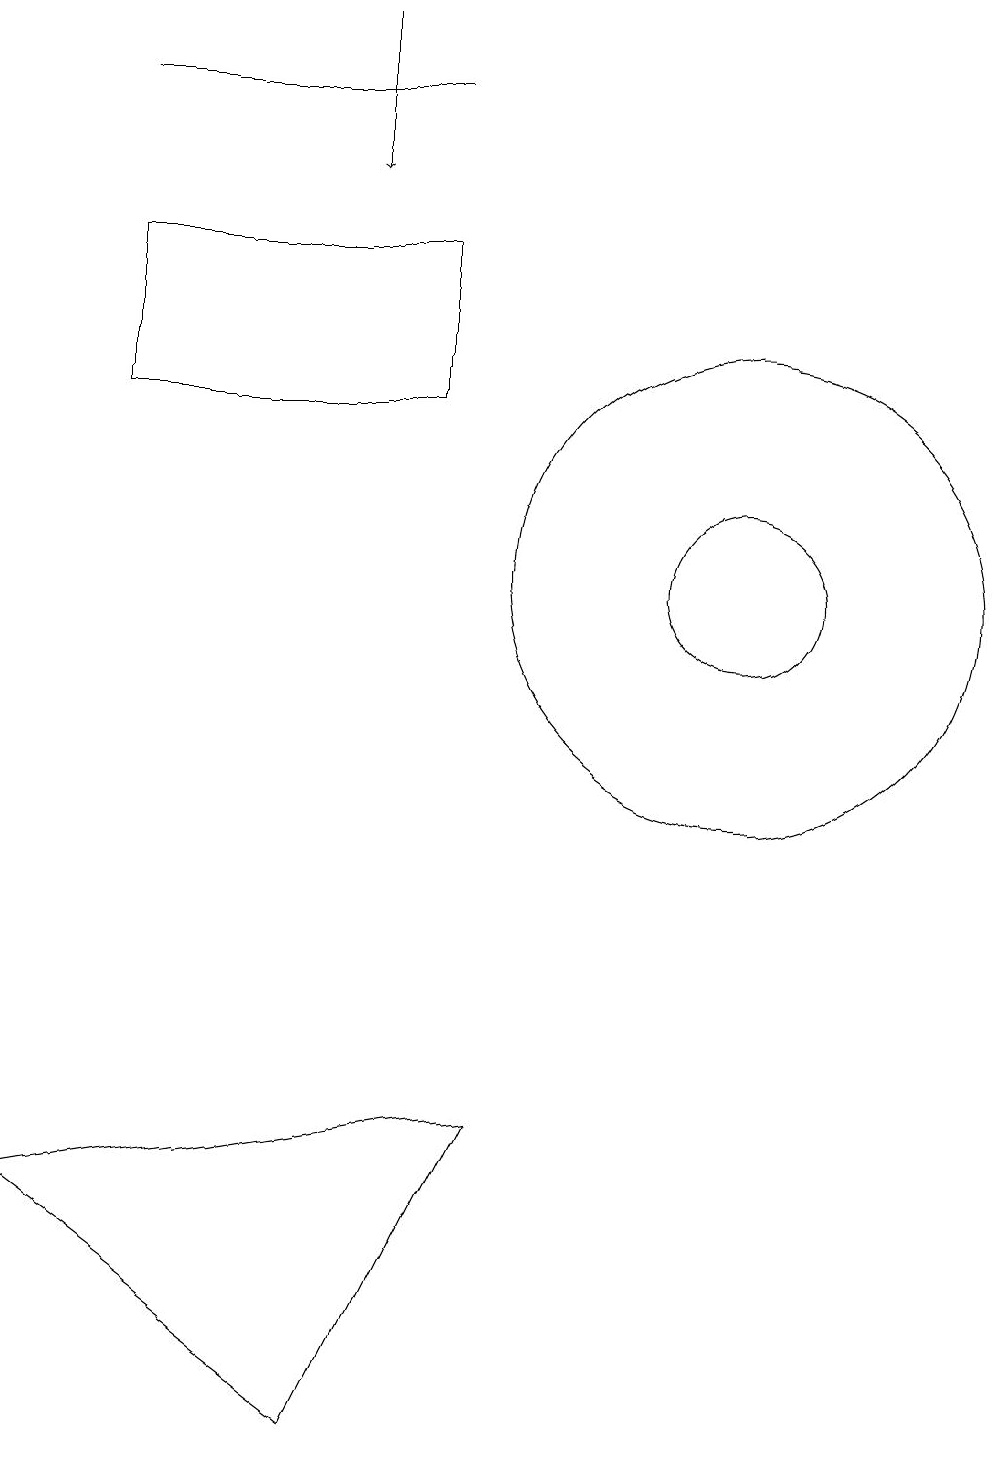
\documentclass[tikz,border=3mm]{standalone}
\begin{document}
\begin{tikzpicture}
\draw (11,11) circle (3);
\draw (7,17) rectangle (3,17);
\draw (2,3) -- (8,4) -- (6,0) -- cycle;
\draw[->] (6,18) -- (6,16);
\draw (11,11) circle (1);
\draw (7,13) rectangle (3,15);
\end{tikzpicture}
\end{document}